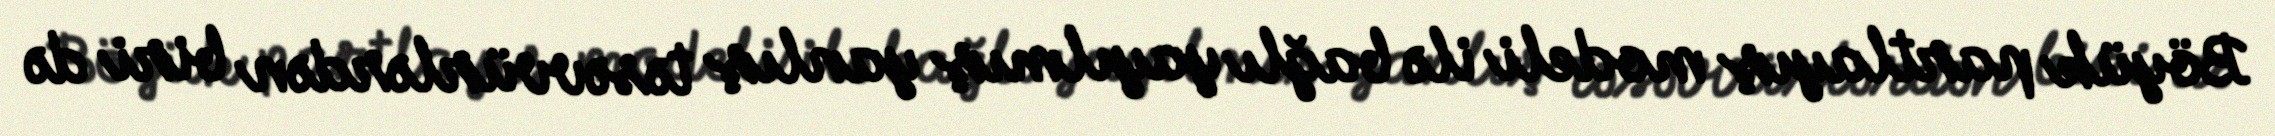
Böyük partlayış modeli ilə bağlı yayılmış yanlış təsəvvürlərdən biri də